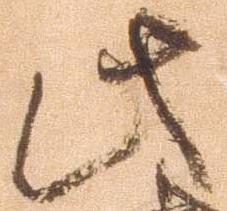
此